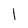
Character: 1